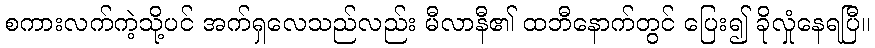
စကားလက်ကဲ့သို့ပင် အက်ရှလေသည်လည်း မီလာနီ၏ ထဘီနောက်တွင် ပြေး၍ ခိုလှုံနေရပြီ။